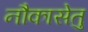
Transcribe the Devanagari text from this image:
नौकासेतु